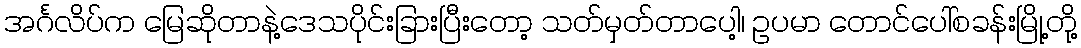
အင်္ဂလိပ်က မြေဆိုတာနဲ့ဒေသပိုင်းခြားပြီးတော့ သတ်မှတ်တာပေါ့၊ ဥပမာ တောင်ပေါ်စခန်းမြို့တို့